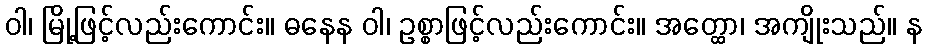
ဝါ၊ မြို့ဖြင့်လည်းကောင်း။ ဓနေန ဝါ၊ ဥစ္စာဖြင့်လည်းကောင်း။ အတ္ထော၊ အကျိုးသည်။ န